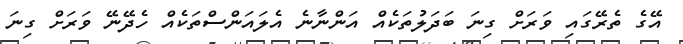
އޭގެ ތެރޭގައި ވަރަށް ގިނަ ބަދަލުތަކެއް އަންނާނެ އެލައަންސްތަކެއް ހެދޭނޭ ވަރަށް ގިނަ